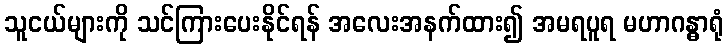
သူငယ်များကို သင်ကြားပေးနိုင်ရန် အလေးအနက်ထား၍ အမရပူရ မဟာဂန္ဓာရုံ